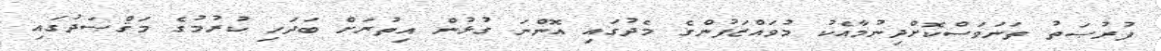
ފުރުޞަތު ތަނަވަސްކޮށްދިނުމާއެކު މުވައްޒަފުންގެ މެދުގައި އޮންނަ ގުޅުން އިތުރަށް ބަދަހި ކުރުމުގެ މަޤްޞަދުގައި